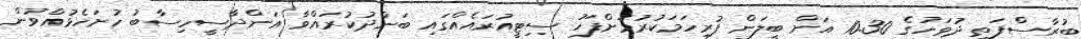
ބުރާސްފަތި ދުވަހުގެ 10.30 އަށް ބީލަން ފުރިހަމަކުރުމަށްފަހު ސިޓީއުރައެއްގައި ބަންދުކުރައްވާ އަންދާސީހިސާބު ހުށަހެޅުއްވުން